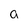
Character: a